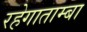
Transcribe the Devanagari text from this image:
रहेगाताम्बा